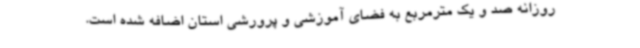
روزانه صد و یک مترمربع به فضای آموزشی و پرورشی استان اضافه شده است.